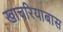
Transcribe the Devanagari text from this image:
खाचरियाबास